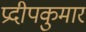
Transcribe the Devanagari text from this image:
प्रदीपकुमार